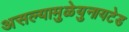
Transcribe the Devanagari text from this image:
असल्यामुळेयुनायटेड